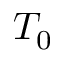
T _ { 0 }